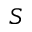
S